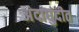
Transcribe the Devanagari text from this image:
अंदाधुंदीत